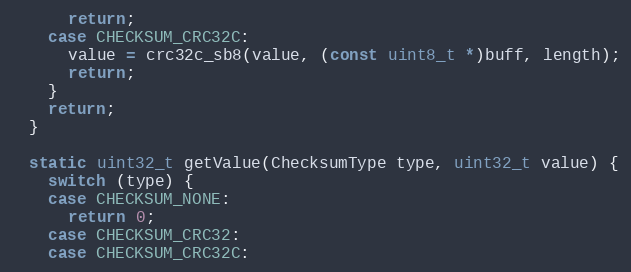
Language: C
      return;
    case CHECKSUM_CRC32C:
      value = crc32c_sb8(value, (const uint8_t *)buff, length);
      return;
    }
    return;
  }

  static uint32_t getValue(ChecksumType type, uint32_t value) {
    switch (type) {
    case CHECKSUM_NONE:
      return 0;
    case CHECKSUM_CRC32:
    case CHECKSUM_CRC32C: